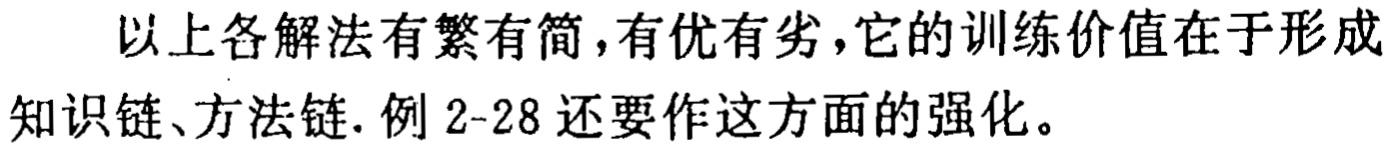
以上各解法有繁有简,有优有劣,它的训练价值在于形成知识链、方法链. 例 2-28 还要作这方面的强化。